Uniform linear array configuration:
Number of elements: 48
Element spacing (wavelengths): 1
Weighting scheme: hann
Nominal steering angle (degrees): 60
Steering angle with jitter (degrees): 59.314
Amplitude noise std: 0.05
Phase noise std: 0.05

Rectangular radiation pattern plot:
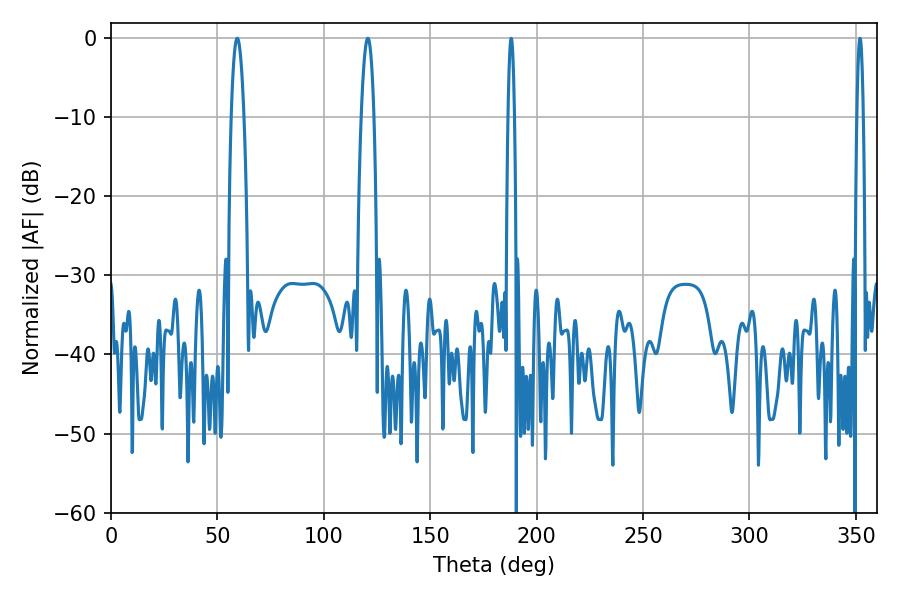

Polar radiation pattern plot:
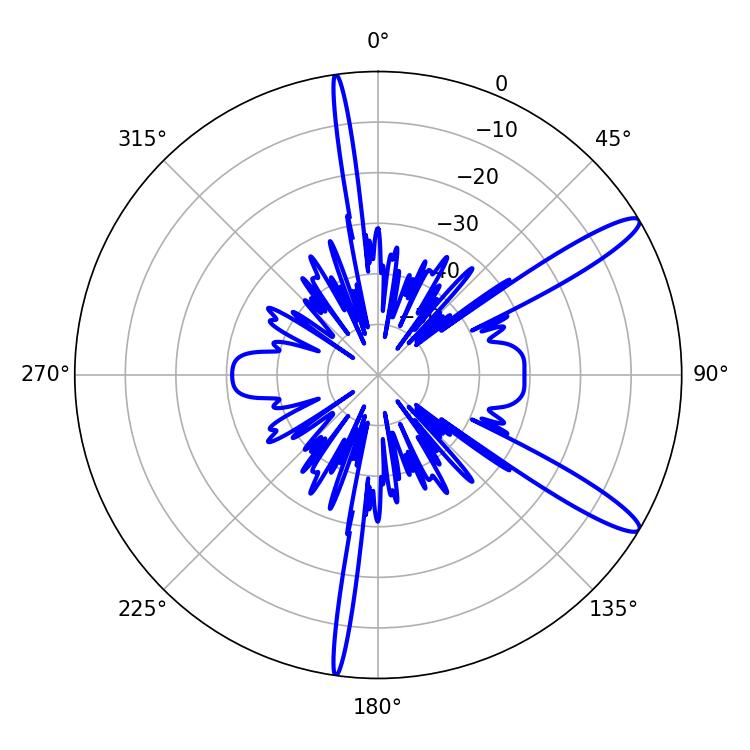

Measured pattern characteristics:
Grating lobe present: TRUE
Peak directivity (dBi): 13.045
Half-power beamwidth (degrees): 3.24
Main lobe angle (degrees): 59.4